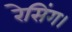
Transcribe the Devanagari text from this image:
रेसिंग।